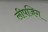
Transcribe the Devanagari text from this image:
लीपजिग